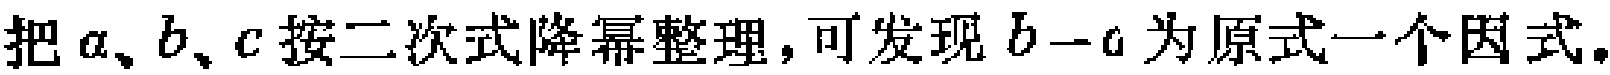
把\(a\)、\(b\)、\(c\)按二次式降幂整理，可发现\(b - c\)为原式一个因式。